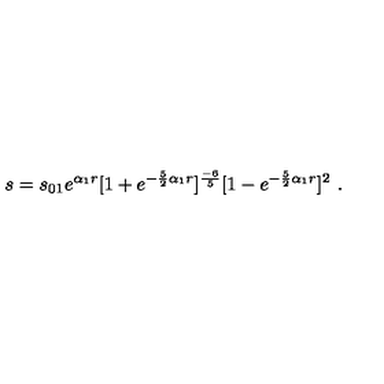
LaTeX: s = s _ { 0 1 } e ^ { \alpha _ { 1 } r } [ 1 + e ^ { - \frac { 5 } { 2 } { \alpha _ { 1 } } r } ] ^ { \frac { - 6 } { 5 } } [ 1 - e ^ { - \frac { 5 } { 2 } { \alpha _ { 1 } } r } ] ^ { 2 } \ .